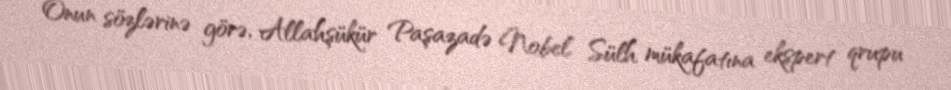
Onun sözlərinə görə, Allahşükür Paşazadə Nobel Sülh mükafatına ekspert qrupu